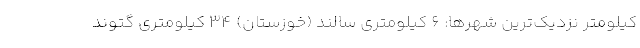
کیلومتر نزدیک‌ترین شهرها: 6 کیلومتری سالند (خوزستان) 34 کیلومتری گتوند